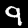
Label: 9